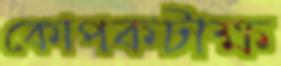
কোপকটাক্ষ